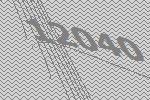
12040